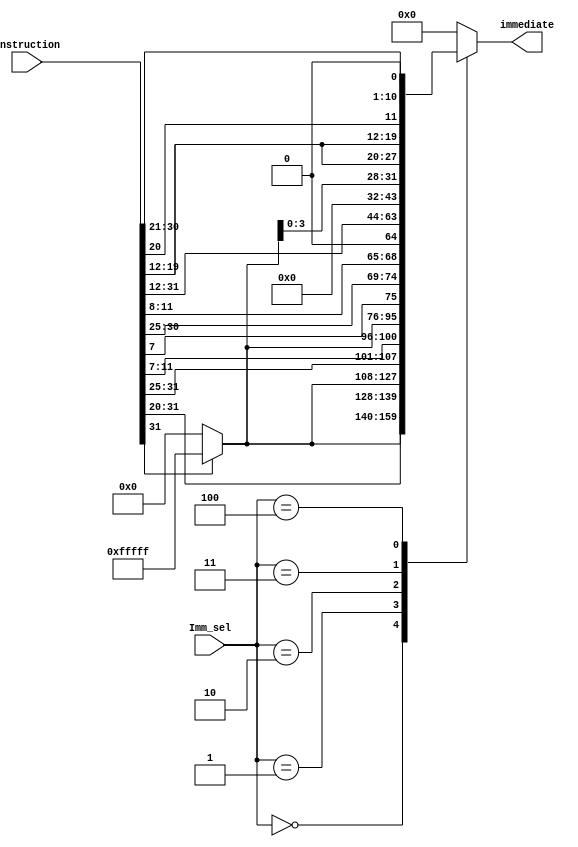

module Imm_Gen#(
    parameter WIDTH = 32
)
(
    input [WIDTH-1:0]instruction,
    input [2:0]Imm_sel,
    output reg [WIDTH-1:0] immediate 
);

always @*
begin
    case(Imm_sel)
            3'b000:     immediate = {instruction[31]? {20{1'b1}}:20'b0 , instruction[31:20]};                                        //I-type 
            3'b001:     immediate = {instruction[31]? {20{1'b1}}:20'b0 , instruction[31:25], instruction[11:7]};                     //S-type
            3'b010:     immediate = {instruction[31]? {20{1'b1}}:20'b0 , instruction[7], instruction[30:25],instruction[11:8],1'b0}; //SB-type
            3'b011:     immediate = {instruction[31:12], {12{1'b0}}};                                                                //U1-U2-type
            3'b100:     immediate = {instruction[31]? {20{1'b1}}:20'b0 , instruction[19:12], instruction[19:12],instruction[20],         
                                        instruction[30:25],instruction[24:21],1'b0};                                                 //UJ-type
            default:    immediate = 32'b0;
    endcase
end
endmodule